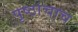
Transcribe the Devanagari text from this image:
पृष्ठांचाच